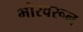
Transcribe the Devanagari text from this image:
भोरवरून